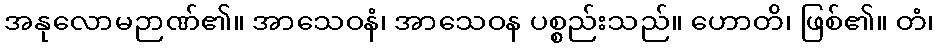
အနုလောမဉာဏ်၏။ အာသေဝနံ၊ အာသေဝန ပစ္စည်းသည်။ ဟောတိ၊ ဖြစ်၏။ တံ၊